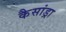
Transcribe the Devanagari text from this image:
कैसांड्रा